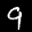
Label: 9